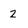
Character: Z